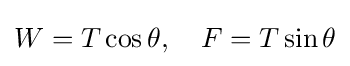
W=T\cos \theta ,\quad F=T\sin \theta